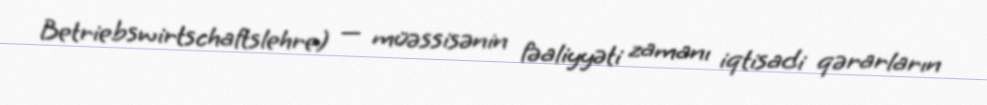
Betriebswirtschaftslehre) — müəssisənin fəaliyyəti zamanı iqtisadi qərarların